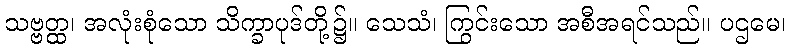
သဗ္ဗတ္ထ၊ အလုံးစုံသော သိက္ခာပုဒ်တို့၌။ သေသံ၊ ကြွင်းသော အစီအရင်သည်။ ပဌမေ၊